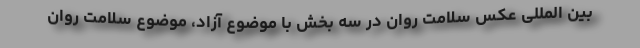
بین المللی عکس سلامت روان در سه بخش با موضوع آزاد، موضوع سلامت روان